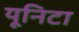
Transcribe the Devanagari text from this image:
यूनिटा